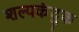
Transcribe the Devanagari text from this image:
शल्यकंदुक